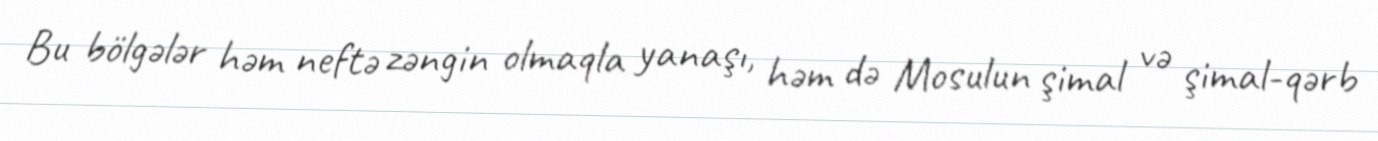
Bu bölgələr həm neftə zəngin olmaqla yanaşı, həm də Mosulun şimal və şimal-qərb